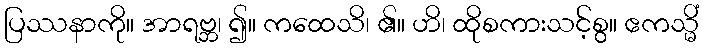
ပြဿနာကို။ အာရဗ္ဘ၊ ၍။ ကထေသိ၊ ၏။ ဟိ၊ ထိုစကားသင့်စွ။ ဧကသ္မိံ